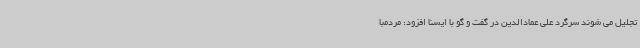
تجلیل می شوند سرگرد علی عمادالدین در گفت و گو با ایسنا افزود: مردمبا